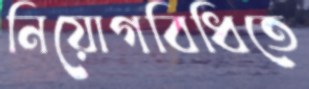
নিয়োগবিধিতে